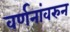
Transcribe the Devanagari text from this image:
वर्णनांवरुन